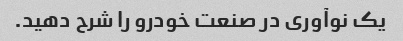
یک نوآوری در صنعت خودرو را شرح دهید.